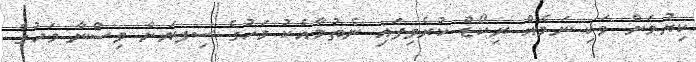
ކިޔުމަށް ވަކި ނަމެއް ރިކޯޑް ކުރެވިފައި ނެތުމާއެކު މަހުގެ ސިފޔަށް ވިސްނާ މަހުގެ